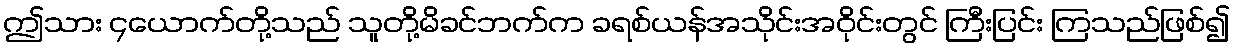
ဤသား ၄ယောက်တို့သည် သူတို့မိခင်ဘက်က ခရစ်ယန်အသိုင်းအဝိုင်းတွင် ကြီးပြင်း ကြသည်ဖြစ်၍